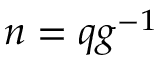
n = q g ^ { - 1 }